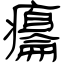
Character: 癟